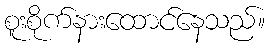
စူးစိုက်နားထောင်နေသည်။